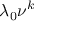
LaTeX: \lambda _ { 0 } \nu ^ { k }